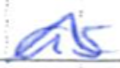
Text: as
Cross-out: wave
Writing tool: ballpoint